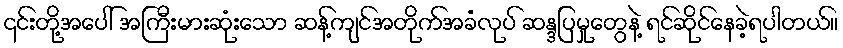
၎င်းတို့အပေါ် အကြီးမားဆုံးသော ဆန့်ကျင်အတိုက်အခံလုပ် ဆန္ဒပြမှုတွေနဲ့ ရင်ဆိုင်နေခဲ့ရပါတယ်။